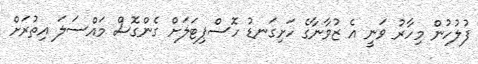
ފުލުހުން މިހާރު ވަނީ އެ ޒުވާނާގެ ހަށިގަނޑު ހޮސްޕިޓަލަށް ގެންގޮސް މައްސަލަ އިތުރަށް